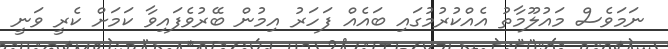
ނަމަވެސް މައުލޫމާތު އެއްކުރުމުގައި ބައެއް ފަހަރު އިމުން ބޭރުވެފައިވާ ކަމަށް ކެރީ ވަނީ